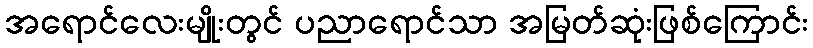
အရောင်လေးမျိုးတွင် ပညာရောင်သာ အမြတ်ဆုံးဖြစ်ကြောင်း